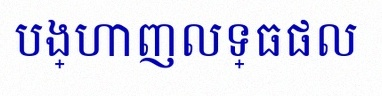
បង្ហាញលទ្ធផល